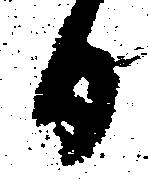
日